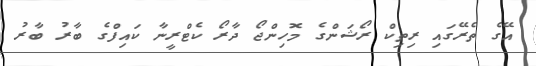
އޭގެ ތެރޭގައި ރިތިކް ރޯޝަންގެ މޮހިންޖޯ ދާރޯ ކެޓްރީނާ ކައިފްގެ ބާރު ބާރު